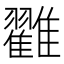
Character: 𩁙